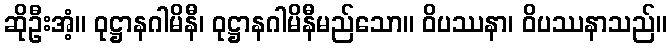
ဆိုဦးအံ့။ ဝုဋ္ဌာနဂါမိနီ၊ ဝုဋ္ဌာနဂါမိနီမည်သော။ ဝိပဿနာ၊ ဝိပဿနာသည်။